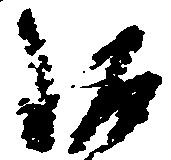
琳